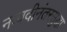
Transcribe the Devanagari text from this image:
नव्वदीनंतरसुद्धा